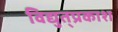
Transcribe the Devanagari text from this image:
विद्युत्‌प्रकाश